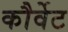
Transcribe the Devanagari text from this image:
कौर्वेट